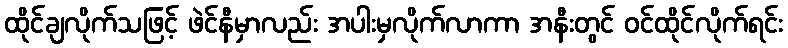
ထိုင်ချလိုက်သဖြင့် ဖဲင်နီမှာလည်း အပါးမှလိုက်လာကာ အနီးတွင် ဝင်ထိုင်လိုက်ရင်း